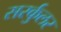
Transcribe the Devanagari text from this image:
सरर्कुलर